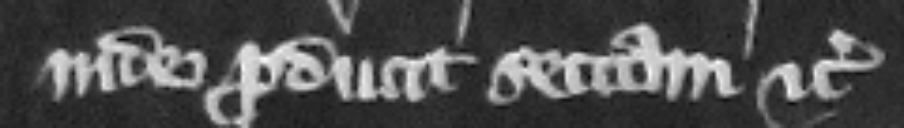
inde producit sectam etc.